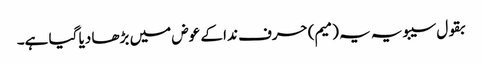
بقول سیبویہ یہ (میم) حرف ندا کے عوض میں بڑھا دیا گیا ہے۔